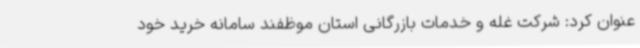
عنوان کرد: شرکت غله و خدمات بازرگانی استان موظفند سامانه خرید خود